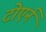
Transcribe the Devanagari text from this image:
टोएर्न